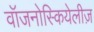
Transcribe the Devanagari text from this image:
वॉजनोस्कियेलीज़